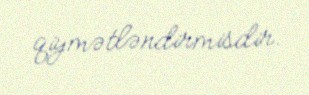
qiymətləndirmisdir.